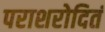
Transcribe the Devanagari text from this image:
पराशरोदितं